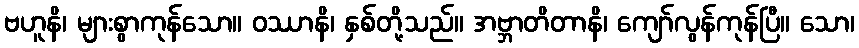
ဗဟူနိ၊ များစွာကုန်သော။ ဝဿာနိ၊ နှစ်တို့သည်။ အဗ္ဘာတိတာနိ၊ ကျော်လွန်ကုန်ပြီ။ သော၊